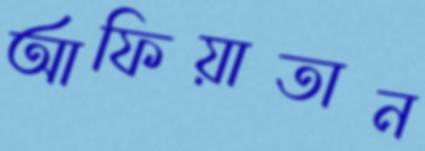
আফিয়াতান